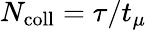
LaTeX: N_{\mathrm{coll}}=\tau/t_{\mu}